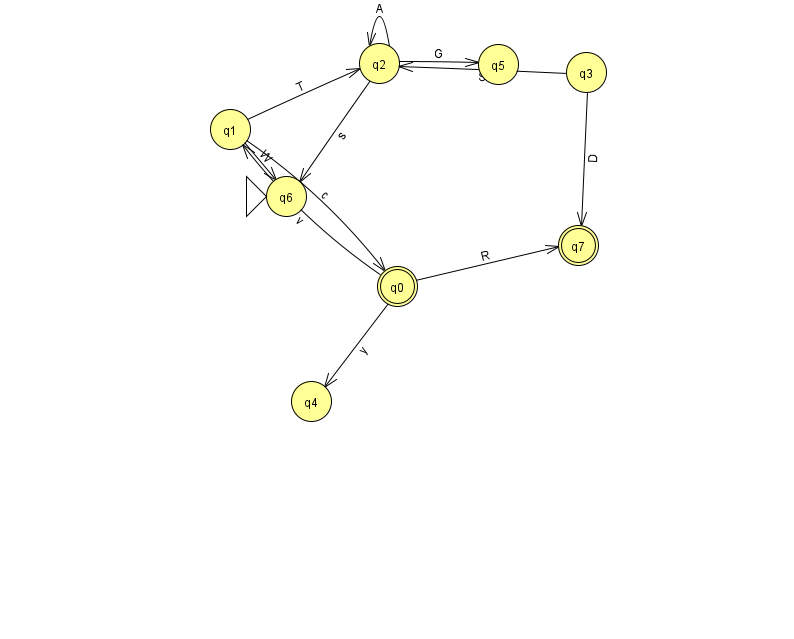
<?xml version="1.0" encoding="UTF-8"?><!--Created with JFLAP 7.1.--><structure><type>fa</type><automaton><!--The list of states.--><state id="0" name="q0"><x>397.0</x><y>273.0</y><final/></state><state id="1" name="q1"><x>230.0</x><y>116.0</y></state><state id="2" name="q2"><x>379.0</x><y>50.0</y></state><state id="3" name="q3"><x>586.0</x><y>59.0</y></state><state id="4" name="q4"><x>311.0</x><y>388.0</y></state><state id="5" name="q5"><x>498.0</x><y>51.0</y></state><state id="6" name="q6"><x>286.0</x><y>183.0</y><initial/></state><state id="7" name="q7"><x>578.0</x><y>232.0</y><final/></state><!--The list of transitions.--><transition><from>2</from><to>2</to><read>A</read></transition><transition><from>3</from><to>2</to><read>S</read></transition><transition><from>1</from><to>2</to><read>T</read></transition><transition><from>0</from><to>4</to><read>y</read></transition><transition><from>3</from><to>7</to><read>D</read></transition><transition><from>1</from><to>0</to><read>c</read></transition><transition><from>2</from><to>5</to><read>G</read></transition><transition><from>1</from><to>6</to><read>W</read></transition><transition><from>0</from><to>1</to><read>v</read></transition><transition><from>0</from><to>7</to><read>R</read></transition><transition><from>2</from><to>6</to><read>s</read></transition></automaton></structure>